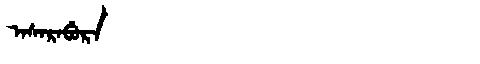
Manchu: ᠠᠰᠠᡵᠠᠪᡠᡵᠠ
Romanization: ASARABURA